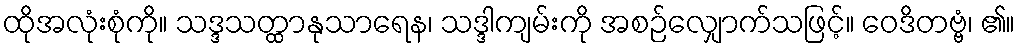
ထိုအလုံးစုံကို။ သဒ္ဒသတ္ထာနုသာရေန၊ သဒ္ဒါကျမ်းကို အစဉ်လျှောက်သဖြင့်။ ဝေဒိတဗ္ဗံ၊ ၏။